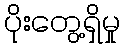
ပိုးတွေ့ရှိမှု